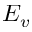
E _ { v }